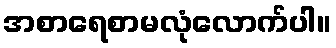
အစာရေစာမလုံလောက်ပါ။